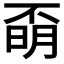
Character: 𣈇